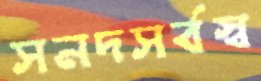
সনদসর্বস্ব